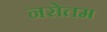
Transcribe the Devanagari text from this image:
नरोतम